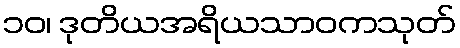
၁၀၊ ဒုတိယအရိယသာဝကသုတ်